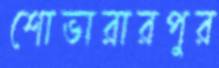
শোভারারপুর